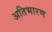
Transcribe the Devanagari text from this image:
अतिभारण